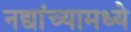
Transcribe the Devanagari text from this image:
नद्यांच्यामध्ये